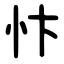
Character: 忭